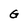
Character: G